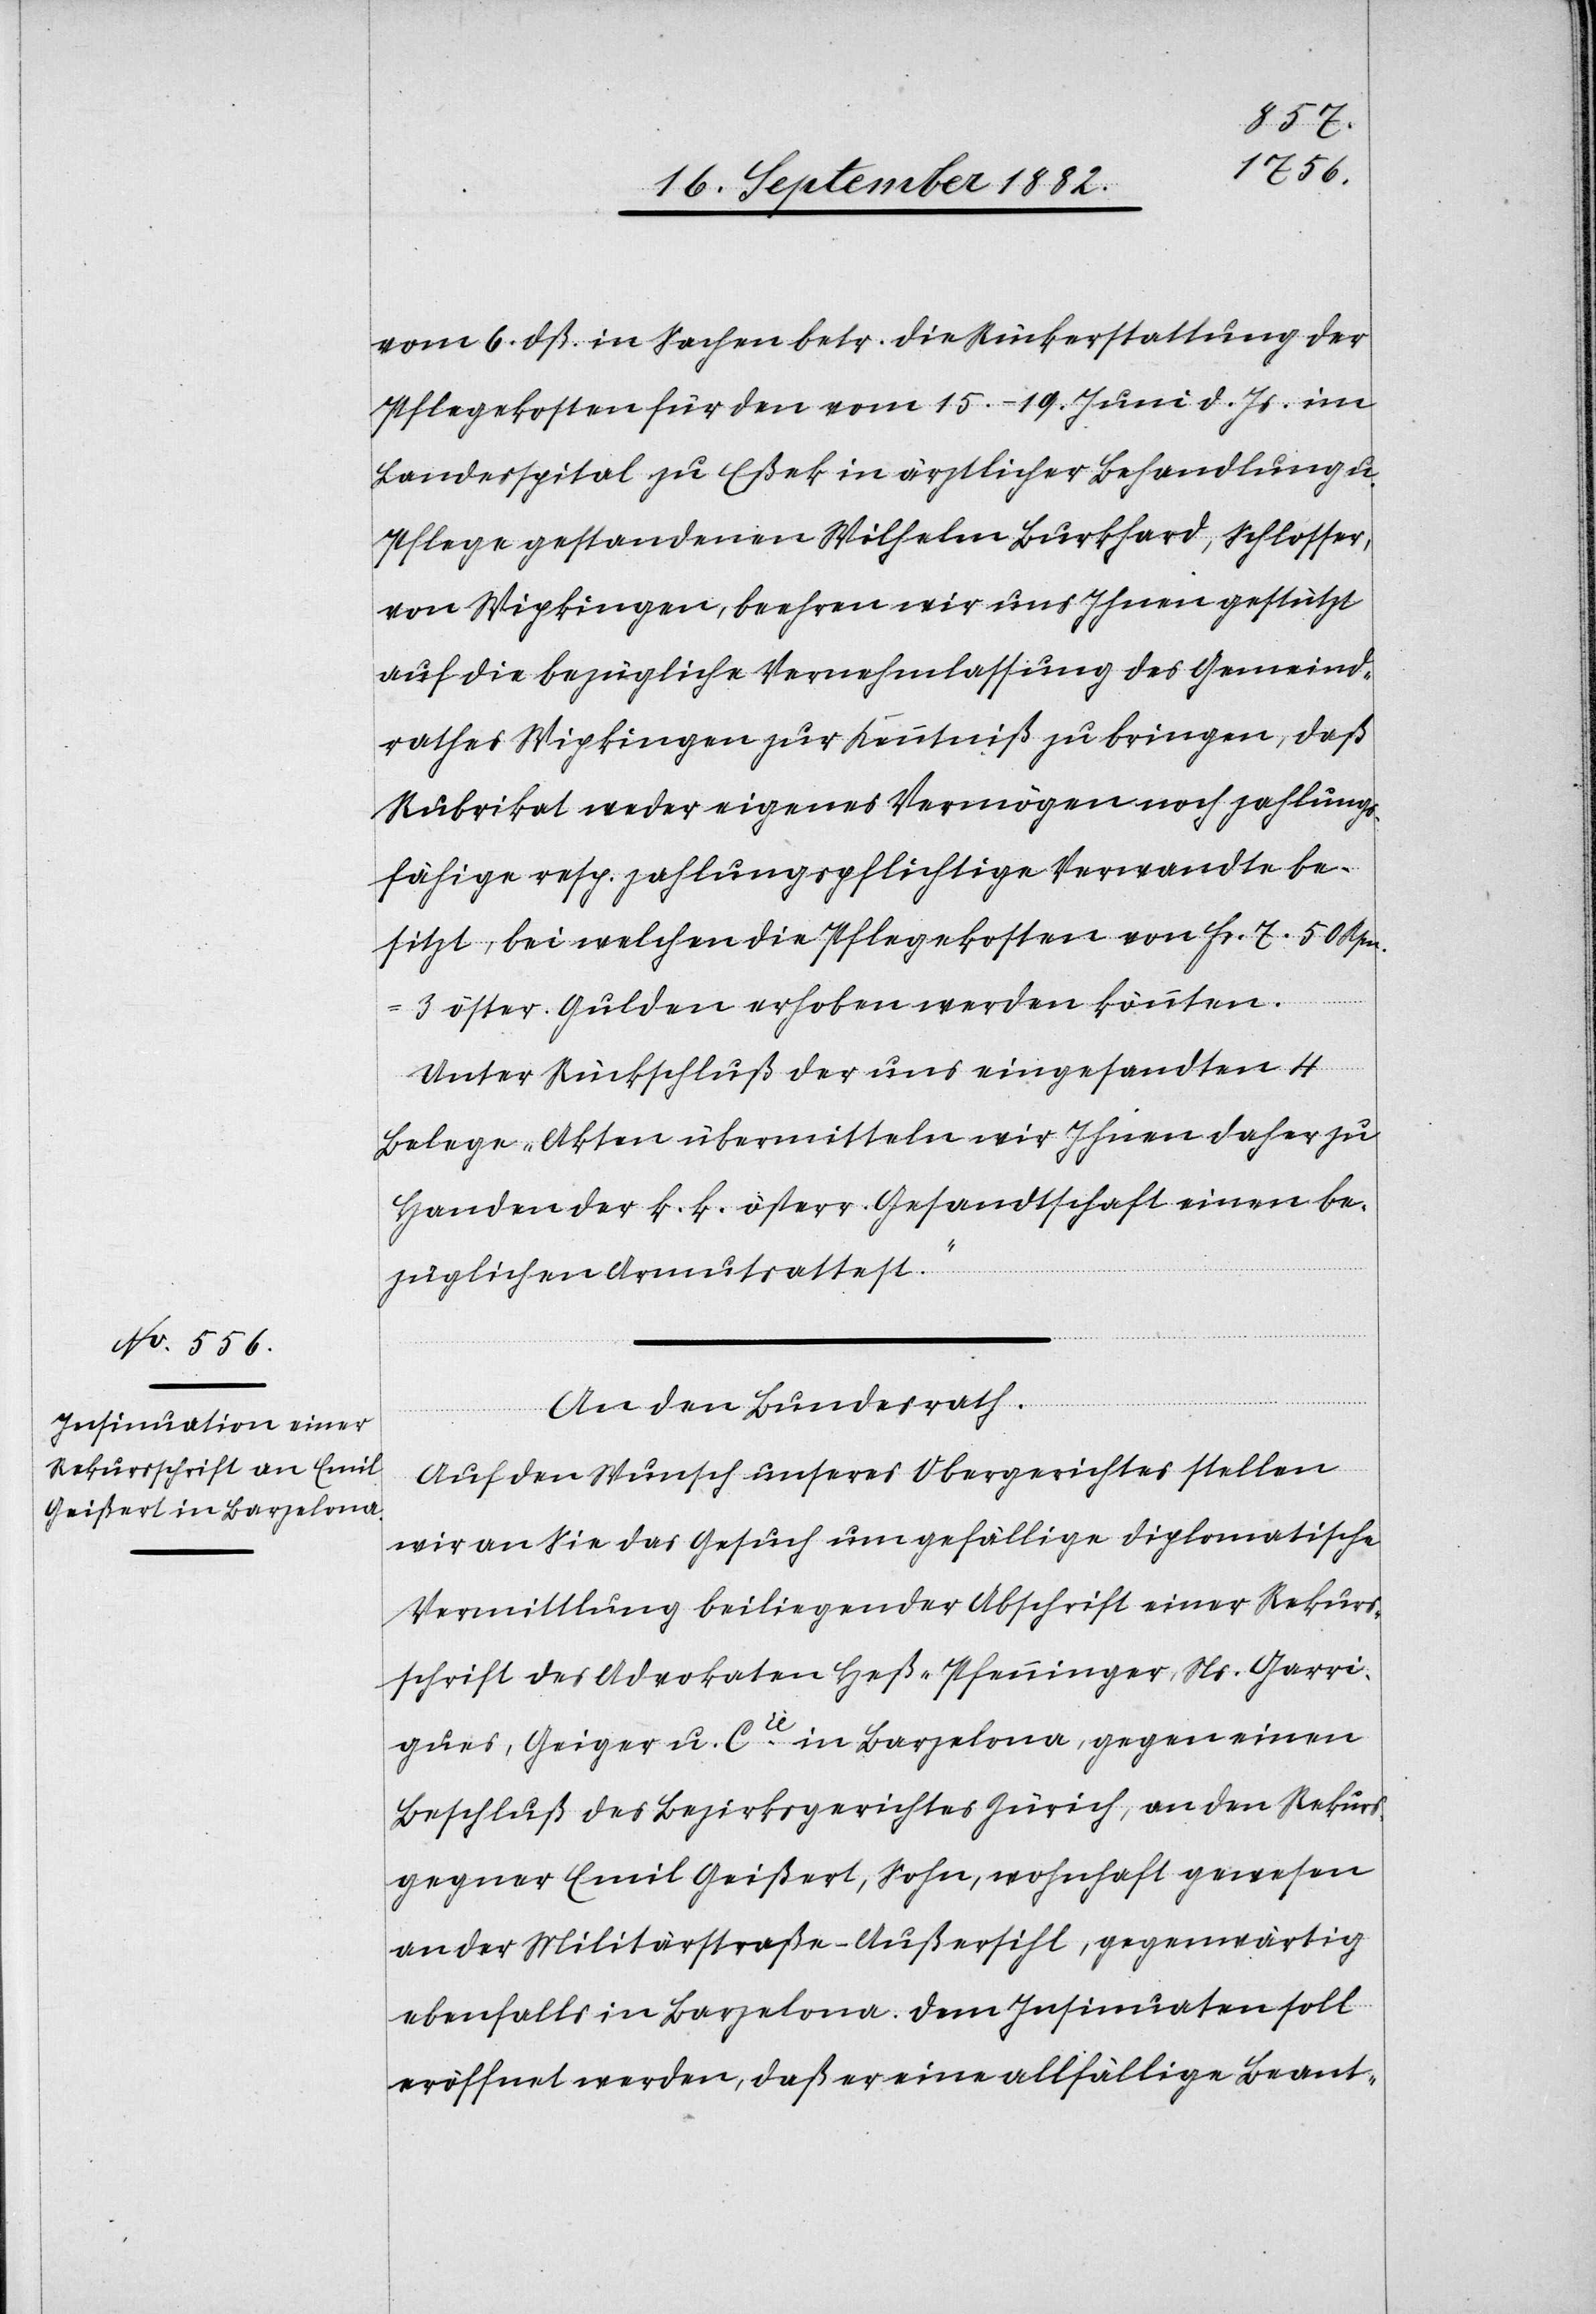
vom 6. dß. in Sachen betr. die Rückerstattung der
Pflegekosten für den vom 15.–19. Juni d. Js. im
Landesspital zu Eßek in ärztlicher Behandlung u.
Pflege gestandenen Wilhelm Burkhard, Schlosser,
von Wipkingen, beehren wir uns Ihnen gestützt
auf die bezügliche Vernehmlassung des Gemeind¬
rathes Wipkingen zur Kenntniß zu bringen, daß
Rubrikat weder eigenes Vermögen noch zahlungs¬
fähige resp. zahlungspflichtige Verwandte be¬
sitzt, bei welchen die Pflegekosten von Fr. 6 50 Rpn.
3 öster. Gulden erhoben werden könnten.
Unter Rückschluß der uns eingesandten 4
Belege-Akten übermitteln wir Ihnen daher zu
Handen der k. k. österr. Gesandtschaft einen be¬
züglichen Armutsattest.“
An den Bundesrath.
[„]Auf den Wunsch unseres Obergerichtes stellen
wir an Sie das Gesuch um gefällige diplomatische
Vermittlung beiliegender Abschrift einer Rekurs¬
schrift des Advokaten Heß-Pfenninger, Ns. Garri¬
gues, Geiger u. Cie in Barzelona, gegen einen
Beschluß des Bezirksgerichtes Zürich, an den Rekurs¬
gegner Emil Geißert, Sohn, wohnhaft gewesen
an der Militärstraße - Außersihl, gegenwärtig
ebenfalls in Barzelona. Dem Insinuaten soll
eröffnet werden, daß er eine allfällige Beant-